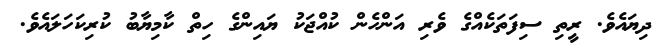
ދިޔައެވެ. ރީތި ސިފަތަކެއްގެ ވެރި އަންހެން ކުއްޖަކު ޔައިންގެ ހިތް ކާމިޔާބު ކުރިކަހަލައެވެ.